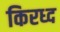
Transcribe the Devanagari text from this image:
किरध्द